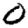
Digit: 0